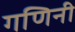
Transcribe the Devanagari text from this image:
गणिनी